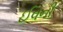
ઈવની